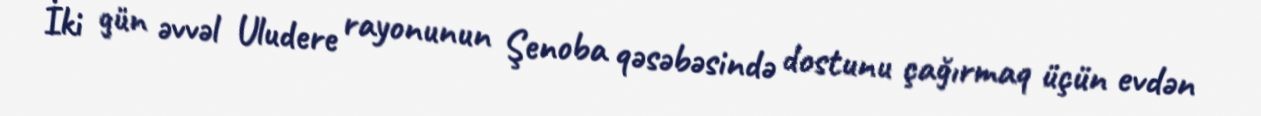
İki gün əvvəl Uludere rayonunun Şenoba qəsəbəsində dostunu çağırmaq üçün evdən